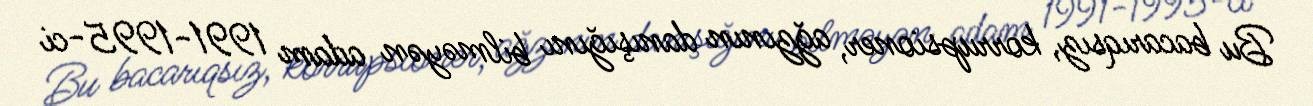
Bu bacarıqsız, korrupsioner, ağzının danışığını bilməyən adam 1991-1995-ci